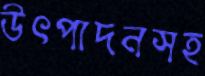
উৎপাদনসহ